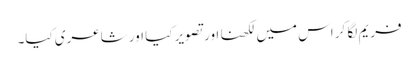
فریم لگا کر اس میں لکھنا اور تصویر کیا اور شاعری کیا۔